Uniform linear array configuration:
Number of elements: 24
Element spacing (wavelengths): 0.5
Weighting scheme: binomial
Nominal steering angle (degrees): -30
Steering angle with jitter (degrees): -29.173
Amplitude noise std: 0.05
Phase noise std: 0.05

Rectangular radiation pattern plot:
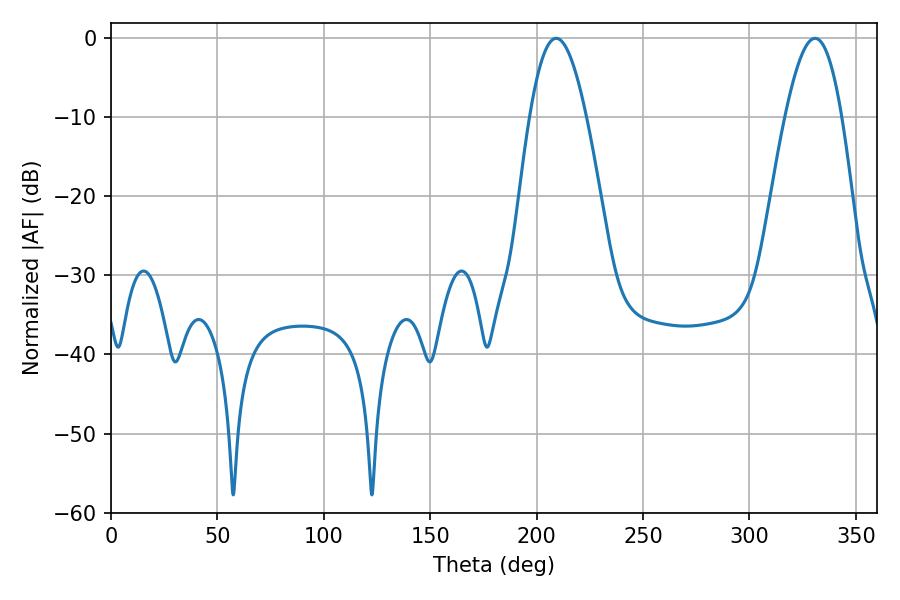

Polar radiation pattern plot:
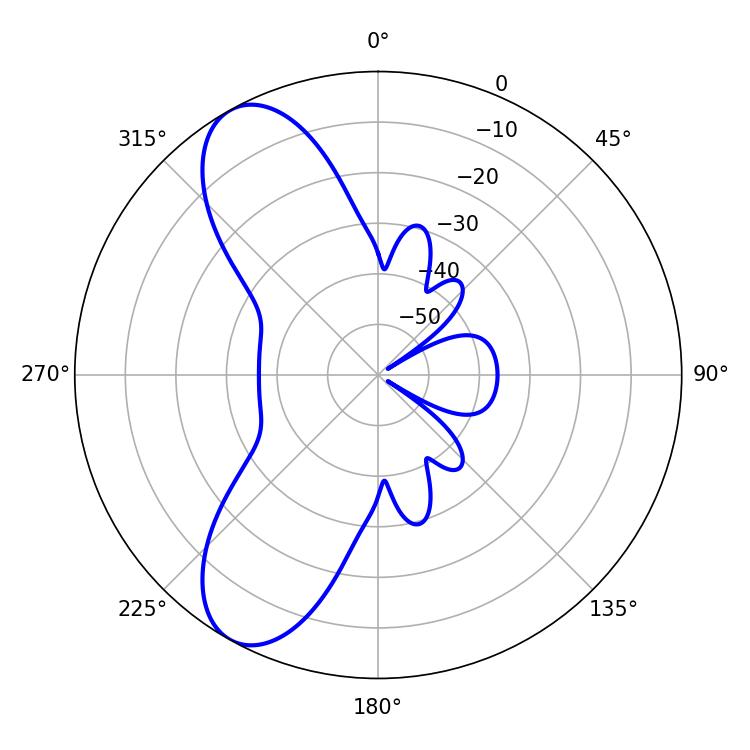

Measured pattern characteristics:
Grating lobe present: FALSE
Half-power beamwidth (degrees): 14.58
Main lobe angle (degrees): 209.16